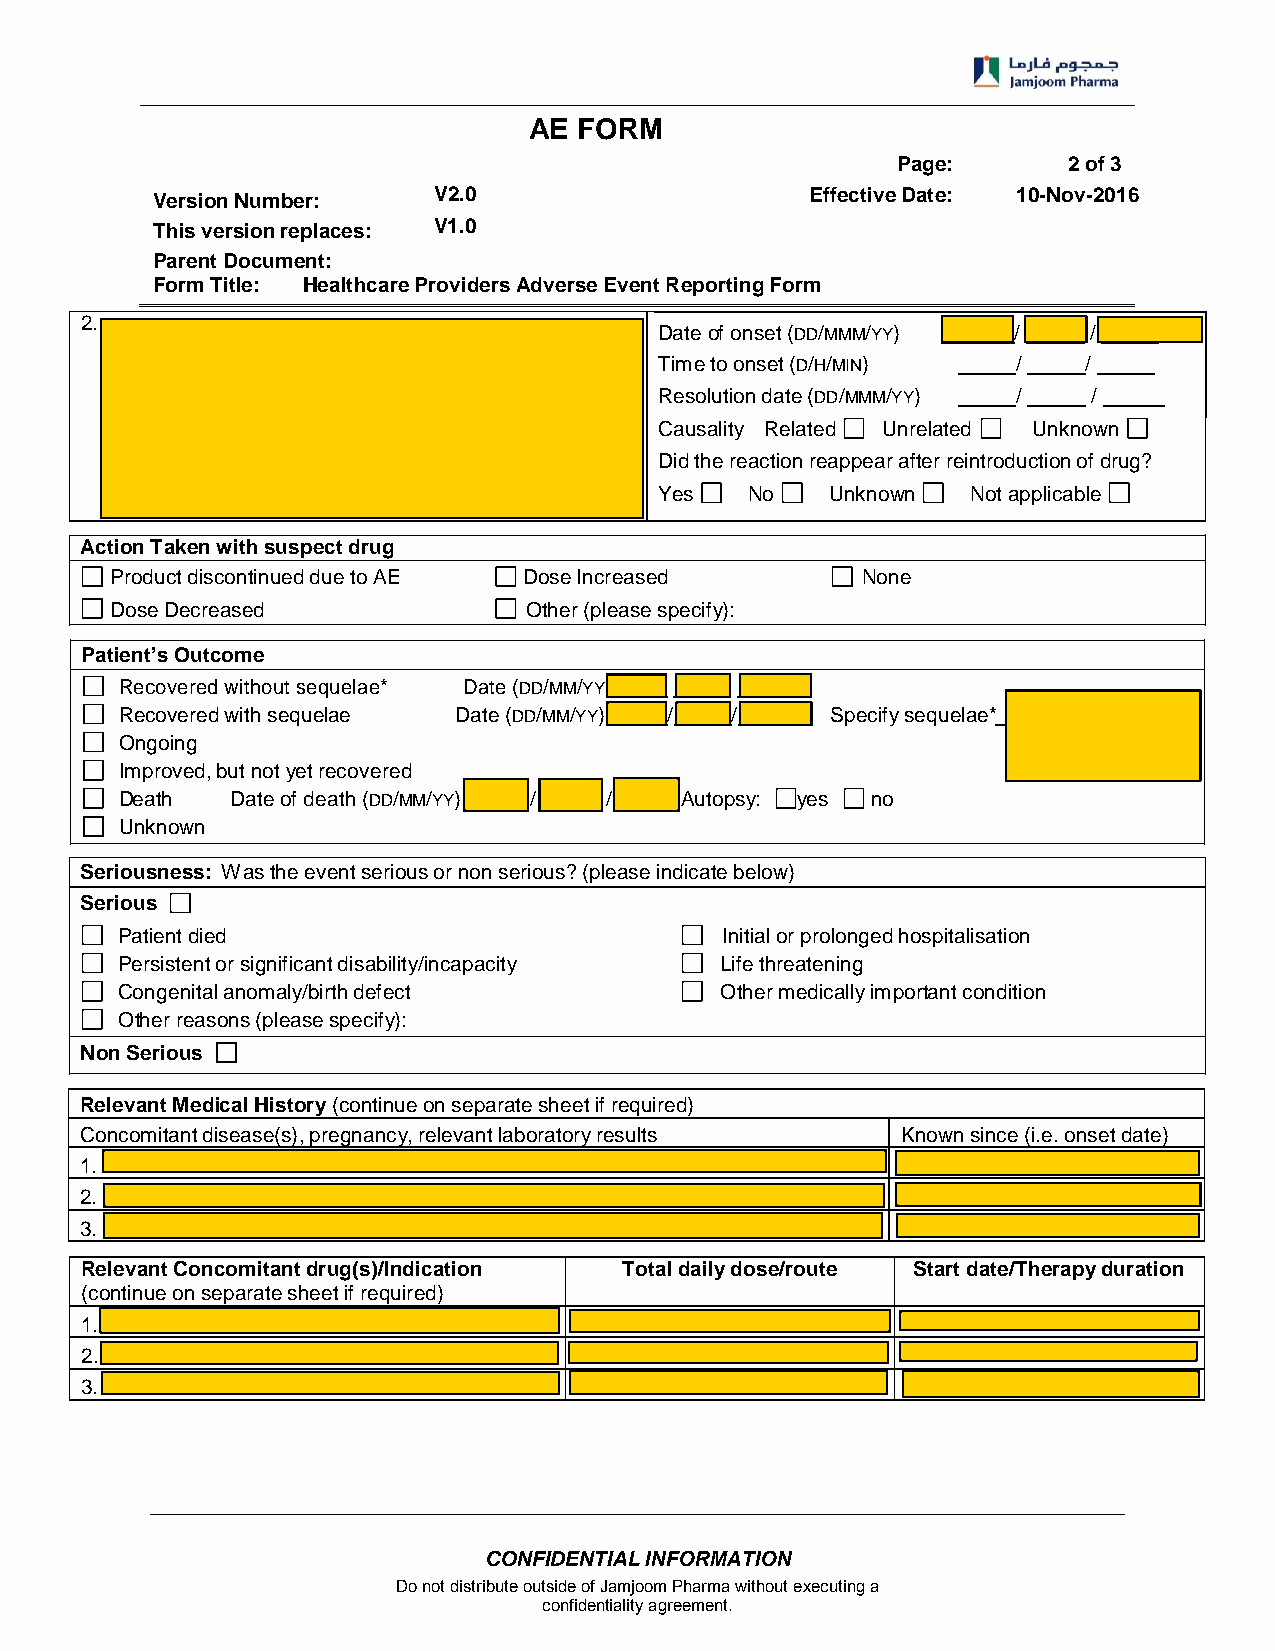
AE FORM
 Page:       2 of 3
 Version Number:    V2.0                     Effective Date: 10-Nov-2016
 This version replaces: V1.0
 Parent Document:
 Form Title: Healthcare Providers Adverse Event Reporting Form
 2.
 Date of onset (DD/MMM/YY) / /
 Time to onset (D/H/MIN) /   /
 Resolution date (DD/MMM/YY) / /
 Causality Related Unrelated Unknown
 Did the reaction reappear after reintroduction of drug?
 Yes   No   Unknown  Not applicable
 Action Taken with suspect drug
 Product discontinued due to AE Dose Increased     None
 Dose Decreased              Other (please specify):
 Patient’s Outcome
 Recovered without sequelae* Date (DD/MM/YY) / /
 Recovered with sequelae Date (DD/MM/YY) / /    Specify sequelae*
 Ongoing
 Improved, but not yet recovered
 Death  Date of death (DD/MM/YY) / /  Autopsy: yes no
 Unknown
 Seriousness: Was the event serious or non serious? (please indicate below)
 Serious
 Patient died                            Initial or prolonged hospitalisation
 Persistent or significant disability/incapacity Life threatening
 Congenital anomaly/birth defect         Other medically important condition
 Other reasons (please specify):
 Non Serious
 Relevant Medical History (continue on separate sheet if required)
 Concomitant disease(s), pregnancy, relevant laboratory results Known since (i.e. onset date)
 1.
 2.
 3.
 Relevant Concomitant drug(s)/Indication Total daily dose/route Start date/Therapy duration
 (continue on separate sheet if required)
 1.
 2.
 3.
 CONFIDENTIAL INFORMATION
 Do not distribute outside of Jamjoom Pharma without executing a
 confidentiality agreement.